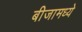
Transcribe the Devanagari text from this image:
बीजामध्ये